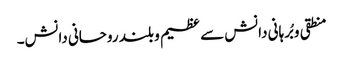
منطقی و بُرہانی دانش سے عظیم و بلند روحانی دانش۔